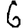
Digit: 6